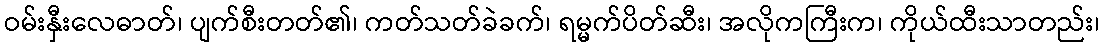
ဝမ်းနှီးလေဓာတ်၊ ပျက်စီးတတ်၏၊ ကတ်သတ်ခဲခက်၊ ရမ္မက်ပိတ်ဆီး၊ အလိုကကြီးက၊ ကိုယ်ထီးသာတည်း၊